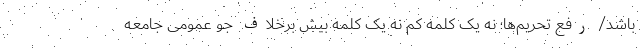
باشد/ رفع تحریم‌ها؛ نه یک کلمه کم نه یک کلمه بیش برخلاف جو عمومی جامعه